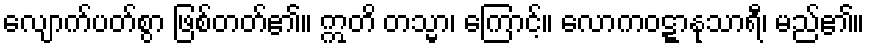
လျောက်ပတ်စွာ ဖြစ်တတ်၏။ ဣတိ တသ္မာ၊ ကြောင့်။ လောကဝဋ္ဋာနုသာရီ၊ မည်၏။